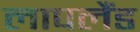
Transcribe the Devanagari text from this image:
लापलैंड